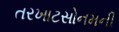
તરખાટસોનમની